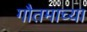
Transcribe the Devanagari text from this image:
गौतमाच्या